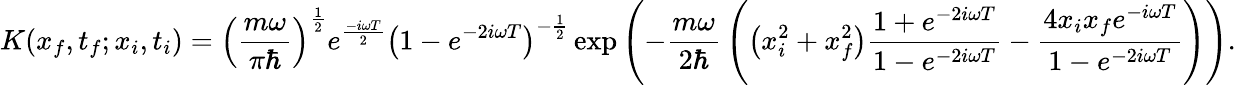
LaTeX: K(x_{f},t_{f};x_{i},t_{i})=\left({\frac{m\omega}{\pi\hbar}}\right)^{\frac{1}{2}}e^{\frac{-i\omega T}{2}}\left(1-e^{-2i\omega T}\right)^{-{\frac{1}{2}}}\exp{\left(-{\frac{m\omega}{2\hbar}}\left(\left(x_{i}^{2}+x_{f}^{2}\right){\frac{1+e^{-2i\omega T}}{1-e^{-2i\omega T}}}-{\frac{4x_{i}x_{f}e^{-i\omega T}}{1-e^{-2i\omega T}}}\right)\right)}.